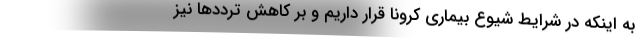
به اینکه در شرایط شیوع بیماری کرونا قرار داریم و بر کاهش تردد‌ها نیز